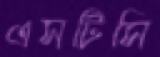
এসটিসি